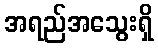
အရည်အသွေးရှိ